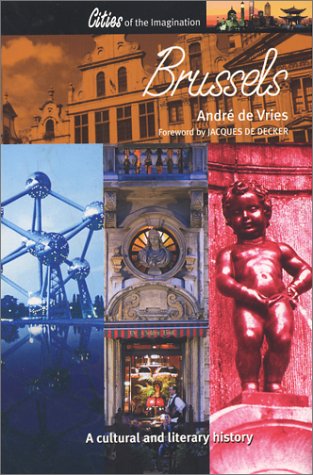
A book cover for Brussels: A Cultural and Literary Companion (Cities of the Imagination); Andre de Vries; History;